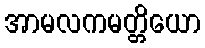
အာမလကမတ္တိယော